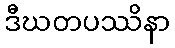
ဒီဃတပဿိနာ